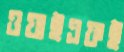
ওয়াইএফই